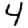
Digit: 4